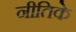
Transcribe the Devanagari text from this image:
नीतिके